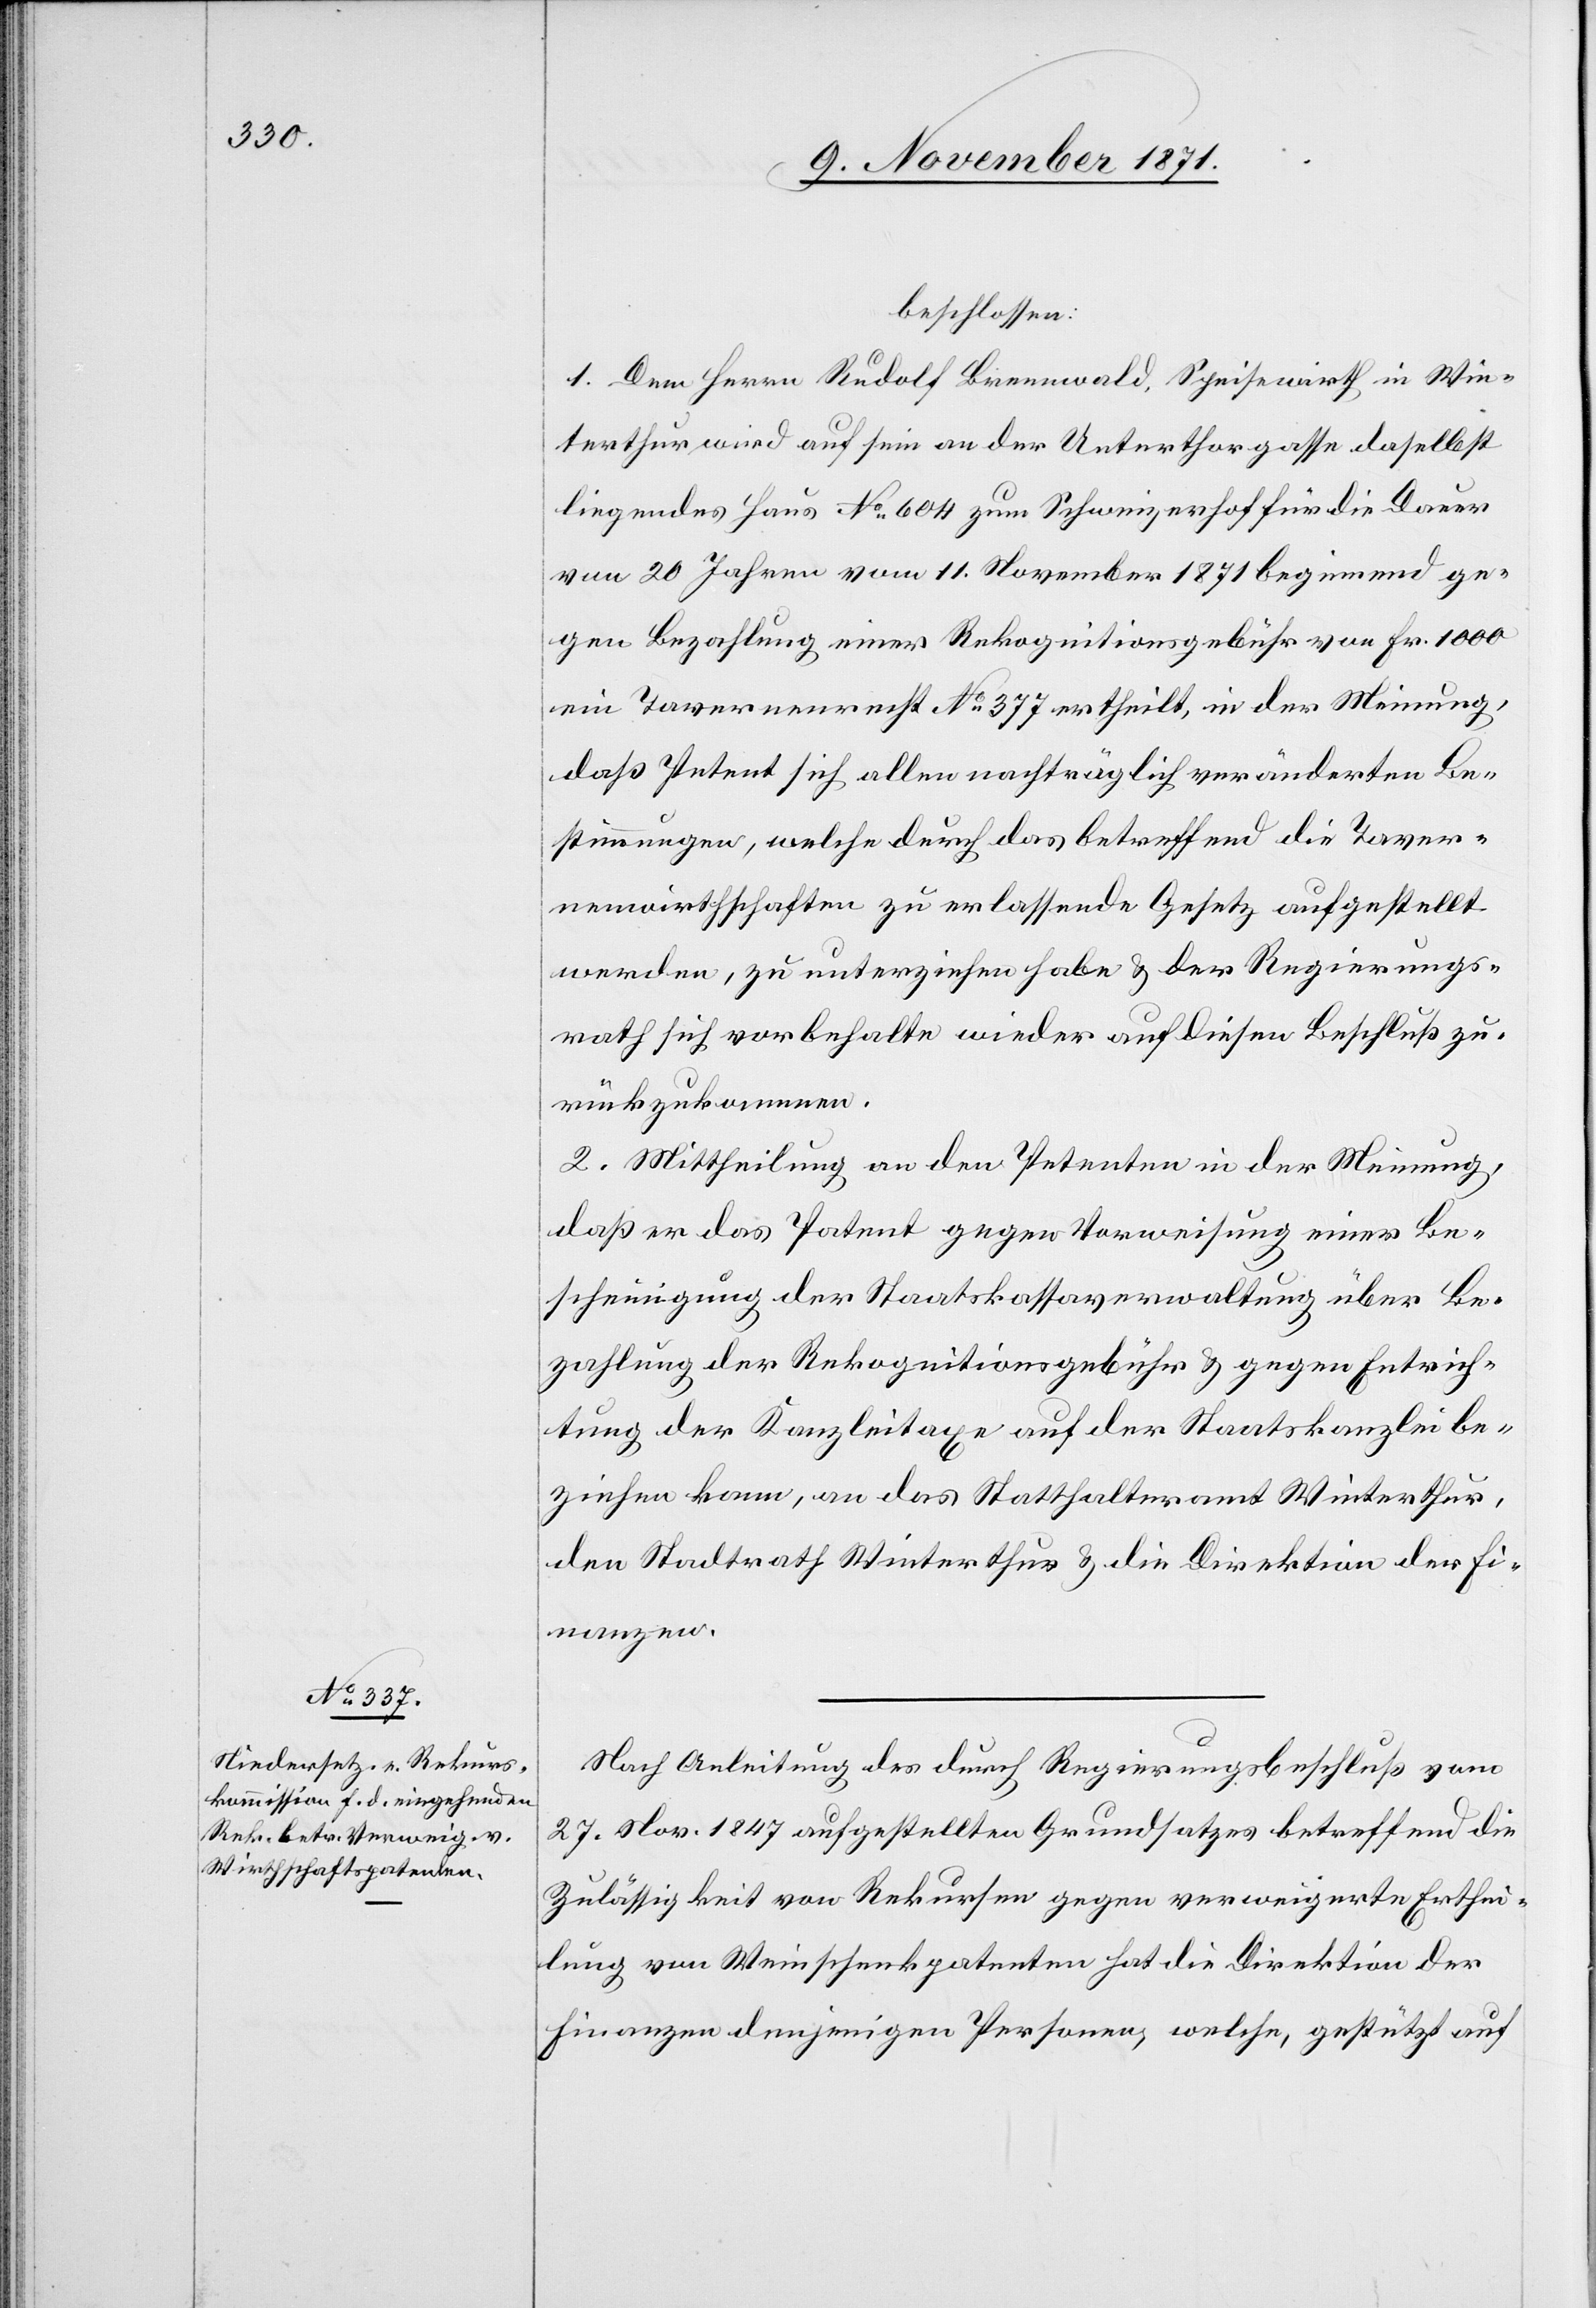
beschlossen:
1. Dem Herrn Rudolf Brennwald, Speisewirth in Win¬
terthur wird auf sein an der Unterthorgasse daselbst
liegendes Haus No 604 zum Schweizerhof für die Dauer
von 20 Jahren vom 11. November 1871 beginnend ge¬
gen Bezahlung einer Rekognitionsgebühr von Fr. 1000
ein Tavernenrecht No 377 ertheilt, in der Meinung,
daß Petent sich allen nachträglich unveränderten Be¬
stimmungen, welche durch das betreffend die Taver¬
nenwirthschaften zu erlassende Gesetz aufgestellt
werden, zu unterziehen habe & der Regierungs¬
rath sich vorbehalte wieder auf diesen Beschluß zu¬
rückzukommen.
2. Mittheilung an den Petenten in der Meinung,
daß er das Patent gegen Vorweisung einer Be¬
scheinigung der Staatskassaverwaltung über Be¬
zahlung der Rekognitionsgebühr & gegen Entrich¬
tung der Kanzleitaxe auf der Staatskanzlei be¬
ziehen kann, an das Statthalteramt Winterthur,
den Stadtrath Winterthur & die Direktion der Fi¬
nanzen.
Nach Anleitung des durch Regierungsbeschluß vom
27. Nov. 1847 aufgestellten Grundsatzes betreffend die
Zulässigkeit von Rekursen gegen verweigerte Erthei¬
lung von Weinschenkpatenten hat die Direktion der
Finanzen denjenigen Personen, welche, gestützt auf